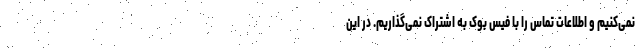
نمی‌کنیم و اطلاعات تماس را با فیس بوک به اشتراک نمی‌گذاریم. در این